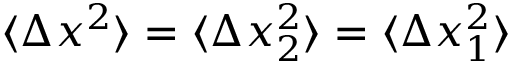
\langle \Delta x ^ { 2 } \rangle = \langle \Delta x _ { 2 } ^ { 2 } \rangle = \langle \Delta x _ { 1 } ^ { 2 } \rangle